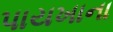
પાયખાના